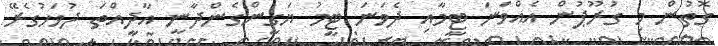
ގޮތުން މި ގުރޫޕުން އެއްވަނަ ޓީމާއި ދެވަނަ ޓީމު ޔަގީންގެންދާނީ އާދީއްތަ ދުވަހުގެރޭ